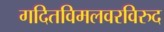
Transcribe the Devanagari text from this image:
गदितविमलवरविरुद